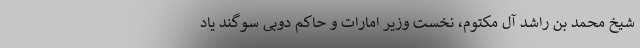
شیخ محمد بن راشد آل مکتوم، نخست وزیر امارات و حاکم دوبی سوگند یاد